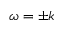
\omega = \pm k